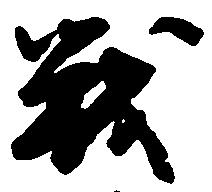
戦